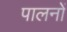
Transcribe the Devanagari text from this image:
पालनों